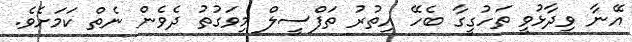
އޭނާ ވިދާޅުވީ ތަހުގީގާ ބެހޭ އިތުރު ތަފްސީލް މިވަގުތު ދެވެން ނެތް ކަމަށެވެ.